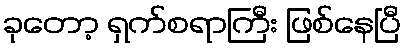
ခုတော့ ရှက်စရာကြီး ဖြစ်နေပြီ